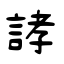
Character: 誟